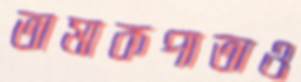
তামাকপাতাও